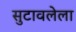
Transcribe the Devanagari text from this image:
सुटावलेला